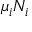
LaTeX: \mu _ { i } N _ { i }